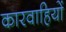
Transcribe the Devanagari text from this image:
कारवाहियों